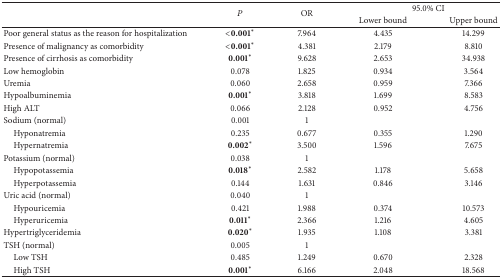
<table><thead><tr><td rowspan="2"><b> </b></td><td rowspan="2"><b><i>P</i></b></td><td rowspan="2"><b>OR</b></td><td colspan="2"><b>95.0% CI</b></td></tr><tr><td><b>Lower bound</b></td><td><b>Upper bound</b></td></tr></thead><tbody><tr><td>Poor general status as the reason for hospitalization</td><td><b>&lt;</b>0.001*</td><td>7.964</td><td>4.435</td><td>14.299</td></tr><tr><td>Presence of malignancy as comorbidity</td><td><b>&lt;</b>0.001*</td><td>4.381</td><td>2.179</td><td>8.810</td></tr><tr><td>Presence of cirrhosis as comorbidity</td><td>0.001*</td><td>9.628</td><td>2.653</td><td>34.938</td></tr><tr><td>Low hemoglobin</td><td>0.078</td><td>1.825</td><td>0.934</td><td>3.564</td></tr><tr><td>Uremia </td><td>0.060</td><td>2.658</td><td>0.959</td><td>7.366</td></tr><tr><td>Hypoalbuminemia</td><td>0.001*</td><td>3.818</td><td>1.699</td><td>8.583</td></tr><tr><td>High ALT</td><td>0.066</td><td>2.128</td><td>0.952</td><td>4.756</td></tr><tr><td>Sodium (normal)</td><td>0.001</td><td>1</td><td> </td><td> </td></tr><tr><td> Hyponatremia</td><td>0.235</td><td>0.677</td><td>0.355</td><td>1.290</td></tr><tr><td> Hypernatremia </td><td>0.002*</td><td>3.500</td><td>1.596</td><td>7.675</td></tr><tr><td>Potassium (normal)</td><td>0.038</td><td>1</td><td> </td><td> </td></tr><tr><td> Hypopotassemia</td><td>0.018*</td><td>2.582</td><td>1.178</td><td>5.658</td></tr><tr><td> Hyperpotassemia</td><td>0.144</td><td>1.631</td><td>0.846</td><td>3.146</td></tr><tr><td>Uric acid (normal)</td><td>0.040</td><td>1</td><td> </td><td> </td></tr><tr><td> Hypouricemia</td><td>0.421</td><td>1.988</td><td>0.374</td><td>10.573</td></tr><tr><td> Hyperuricemia</td><td>0.011*</td><td>2.366</td><td>1.216</td><td>4.605</td></tr><tr><td>Hypertriglyceridemia </td><td>0.020*</td><td>1.935</td><td>1.108</td><td>3.381</td></tr><tr><td>TSH (normal)</td><td>0.005</td><td>1</td><td> </td><td> </td></tr><tr><td> Low TSH </td><td>0.485</td><td>1.249</td><td>0.670</td><td>2.328</td></tr><tr><td> High TSH </td><td>0.001*</td><td>6.166</td><td>2.048</td><td>18.568</td></tr></tbody></table>